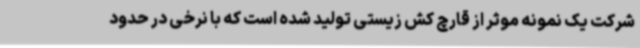
شرکت یک نمونه موثر از قارچ کش زیستی تولید شده است که با نرخی در حدود